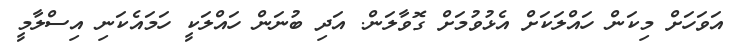
އަވަހަށް މިކަން ހައްލަކަށް އެޅުވުމަށް ގޮވާލަން. އަދި ބުނަން ހައްލަކީ ހަމައެކަނި އިސްލާމީ